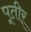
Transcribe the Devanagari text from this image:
पूतीर्